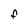
Character: F